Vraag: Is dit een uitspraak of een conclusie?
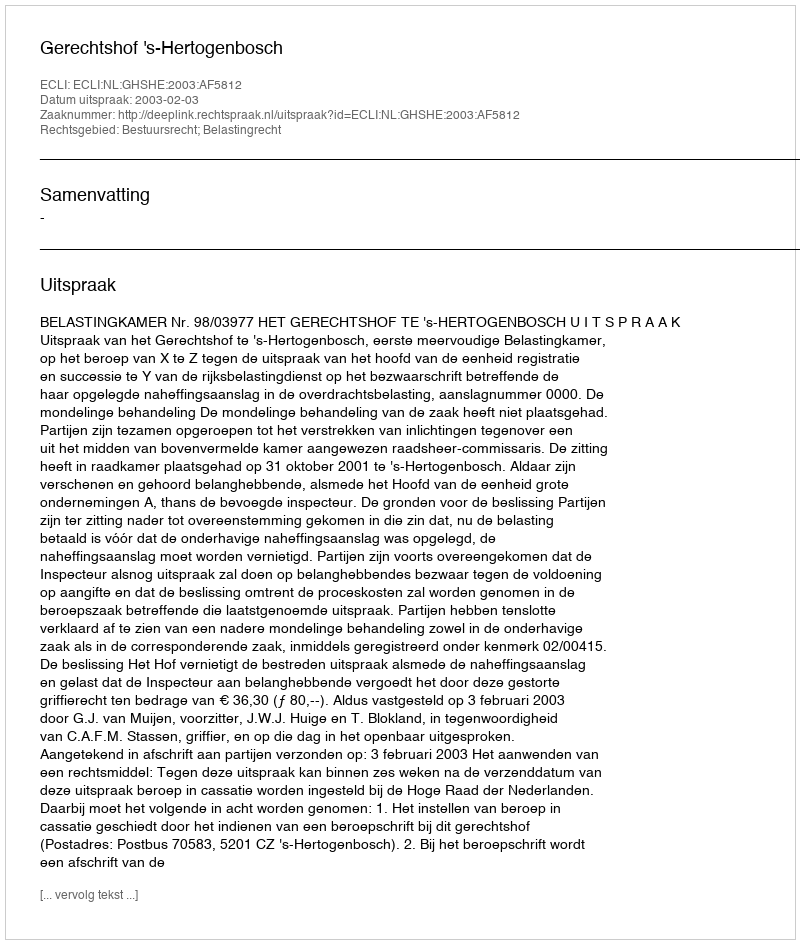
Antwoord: Uitspraak